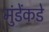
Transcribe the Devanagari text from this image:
मुंडेंकडे